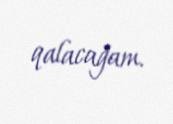
qalacağam.